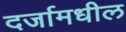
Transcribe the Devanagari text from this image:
दर्जामधील